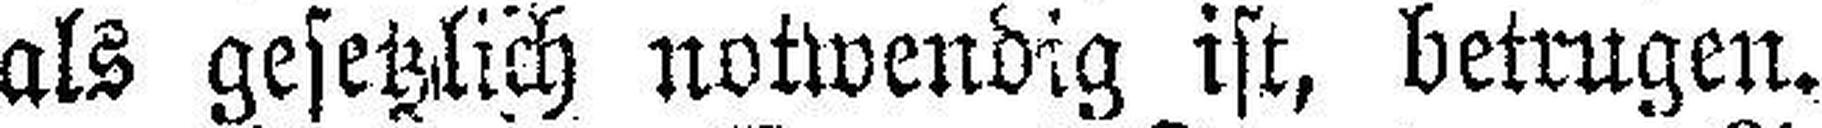
als gesetzlich notwendig ist, betrugen.